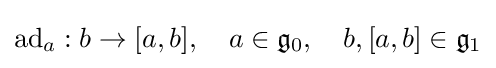
\mathrm {ad} _{a}:b\rightarrow [a,b],\quad a\in {\mathfrak {g}}_{0},\quad b,[a,b]\in {\mathfrak {g}}_{1}